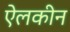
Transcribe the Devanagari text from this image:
ऐलकीन